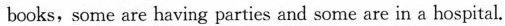
books, some are having parties and some are in a hospital.